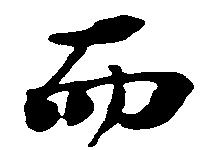
而